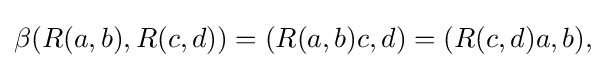
\displaystyle {\beta (R(a,b),R(c,d))=(R(a,b)c,d)=(R(c,d)a,b),}